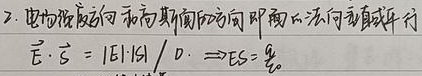
2. 电场线方向和高斯面的方向即面的法向垂直或平行
\[
\vec{E} \cdot \vec{S}=|\vec{E}| \cdot |\vec{S}| \cos 0^{\circ} \Rightarrow ES = \frac{q}{\varepsilon_{0}}
\]